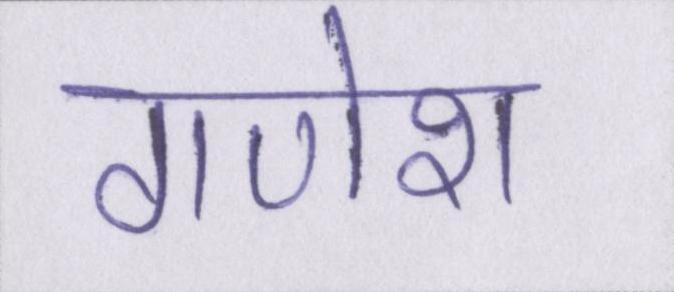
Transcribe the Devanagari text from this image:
गणेश